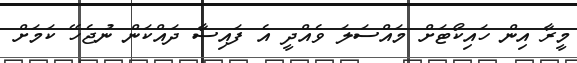
މީރާ އިން ހައިކޯޓަށް މައްސަލަ ވެއްދީ އެ ފައިސާ ދައްކަން ނުޖެހޭ ކަމަށް